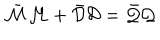
\bar { \cal M } { \cal M } + \bar { \cal D } { \cal D } = \bar { \cal Q } { \cal Q }